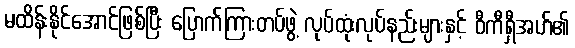
မထိန်းနိုင်အောင်ဖြစ်ပြီး ပြောက်ကြားတပ်ဖွဲ့ လုပ်ထုံးလုပ်နည်းများနှင့် ဝီကီရှီအဟ်၏